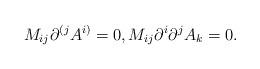
LaTeX: \begin{align*}M_{ij}\partial ^{(j}A^{i)}=0,M_{ij}\partial ^{i}\partial ^{j}A_{k}=0.\end{align*}